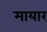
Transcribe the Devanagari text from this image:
मायार